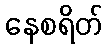
နေစရိတ်